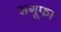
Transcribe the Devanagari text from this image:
शगूफा